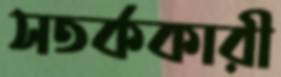
সতর্ককারী